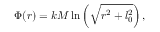
\Phi ( r ) = k M \ln \left( \sqrt { r ^ { 2 } + l _ { 0 } ^ { 2 } } \right) ,